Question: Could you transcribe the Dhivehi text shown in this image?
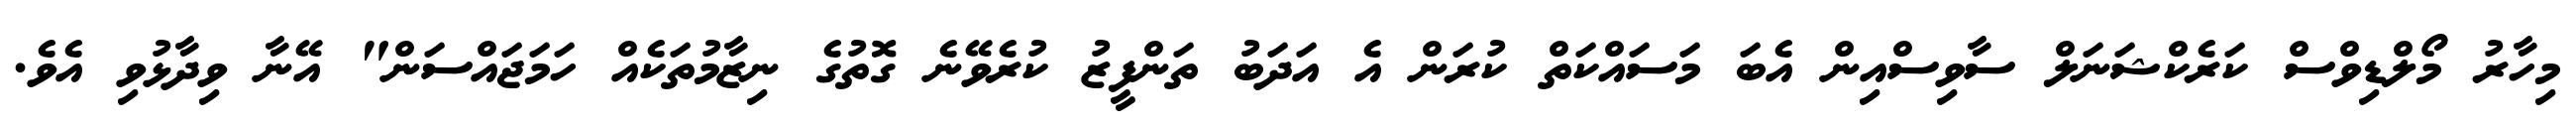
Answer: މިހާރު މޯލްޑިވްސް ކަރެކްޝަނަލް ސާވިސްއިން އެބަ މަސައްކަތް ކުރަން އެ އަދަބު ތަންފީޒު ކުރެވޭނެ ގޮތުގެ ނިޒާމުތަކެއް ހަމަޖައްސަން" އޭނާ ވިދާޅުވި އެވެ.